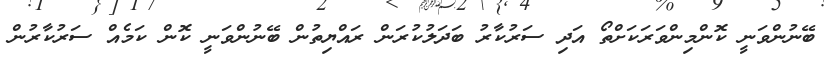
ބޭނުންވަނީ ކޮންމިންވަރަކަށްތޯ އަދި ސަރުކާރު ބަދަލުކުރަން ރައްޔިތުން ބޭނުންވަނީ ކޮން ކަމެއް ސަރުކާރުން